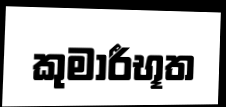
කුමාරීභූත